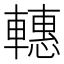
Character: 𨎥